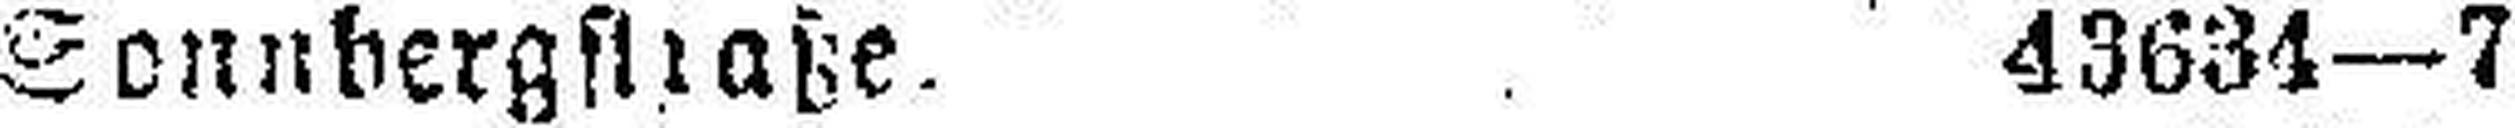
Sonnbergstraße. 43634—7